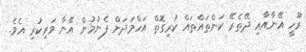
ރޫހީ އޭނާއާއި ދޭތެރޭ ކަންތައްތައް ކުރިގޮތް އަހްމަދަށް ފެނުމުން އޭނާ ވަރިކުރި އެވެ.